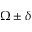
\Omega \pm \delta